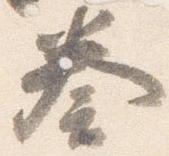
奏